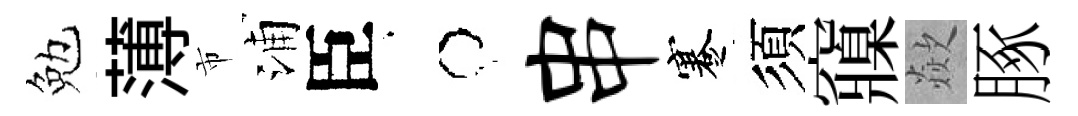
勉薄市浦臣牛串蹇須䆿歘䐁